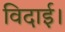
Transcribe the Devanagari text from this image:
विदाई।